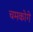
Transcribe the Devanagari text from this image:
चमकोगे